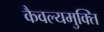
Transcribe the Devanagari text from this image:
कैवल्यमुक्ति